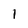
Character: I